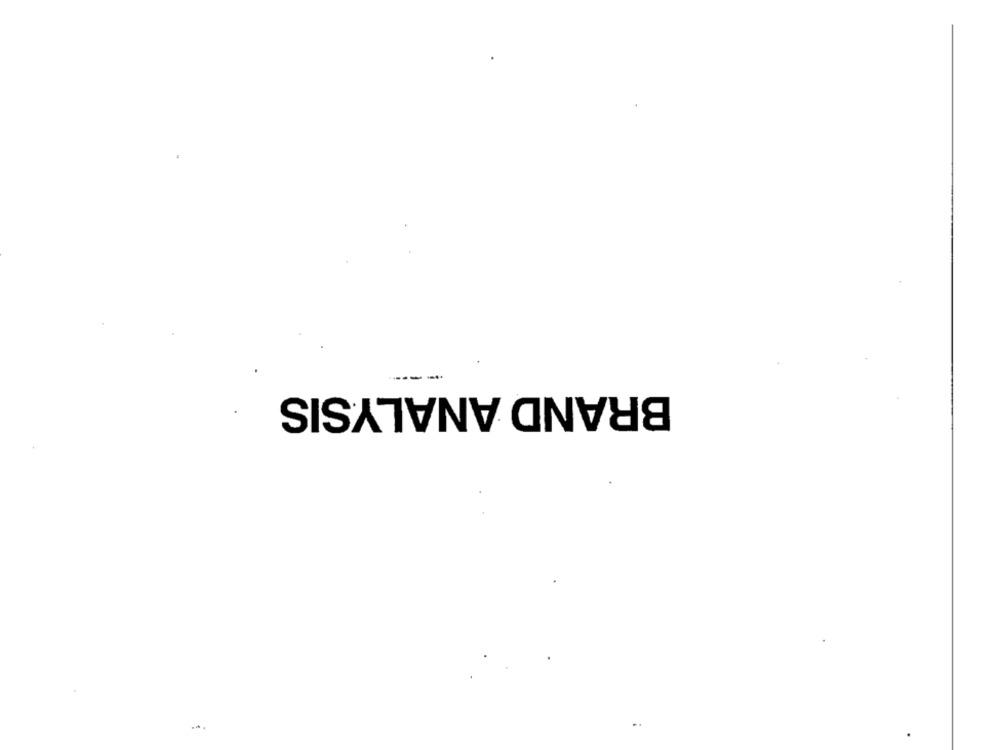
BRAND ANALYSIS